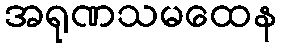
အရုဏသမထေန